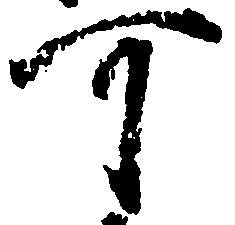
可